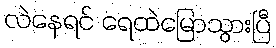
လဲနေရင် ရေထဲမြောသွားပြီ